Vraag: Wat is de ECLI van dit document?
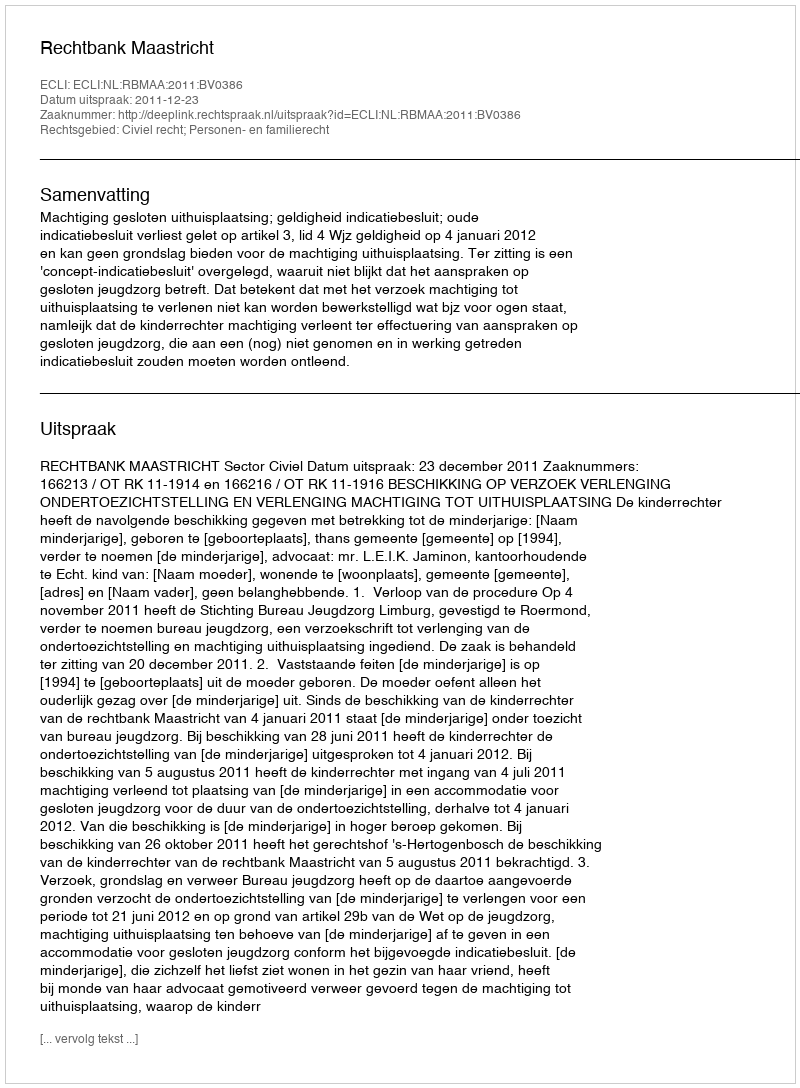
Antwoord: ECLI:NL:RBMAA:2011:BV0386